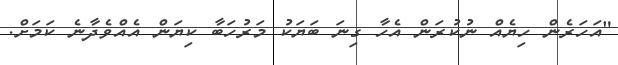
"އަހަރެން ހިޔެއް ނުކުރަން އެހާ ގިނަ ބަޔަކު މަރުހަބާ ކިޔަން އެއްވެދާނެ ކަމަށް.